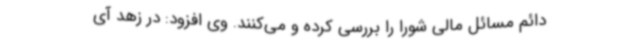
دائم مسائل مالی شورا را بررسی کرده و می‌کنند. وی افزود: در زهد آی